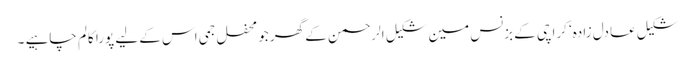
شکیل عادل زادہ‘ کراچی کے بزنس مین شکیل الرحمن کے گھر جو محفل جمی اس کے لیے پورا کالم چاہیے ۔